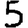
Digit: 5